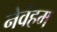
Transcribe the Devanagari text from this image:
नेवंहम